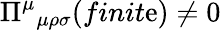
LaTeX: \Pi^{\mu}{}_{\mu\rho\sigma}(finit\mathrm{e})\neq0